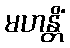
မဟန္တိံ